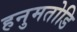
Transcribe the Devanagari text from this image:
हनुमतोडि